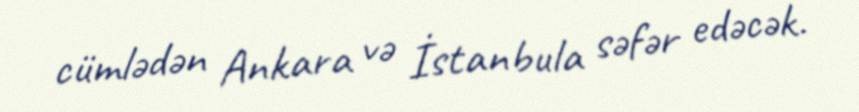
cümlədən Ankara və İstanbula səfər edəcək.